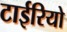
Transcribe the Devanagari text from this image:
टाईरियो